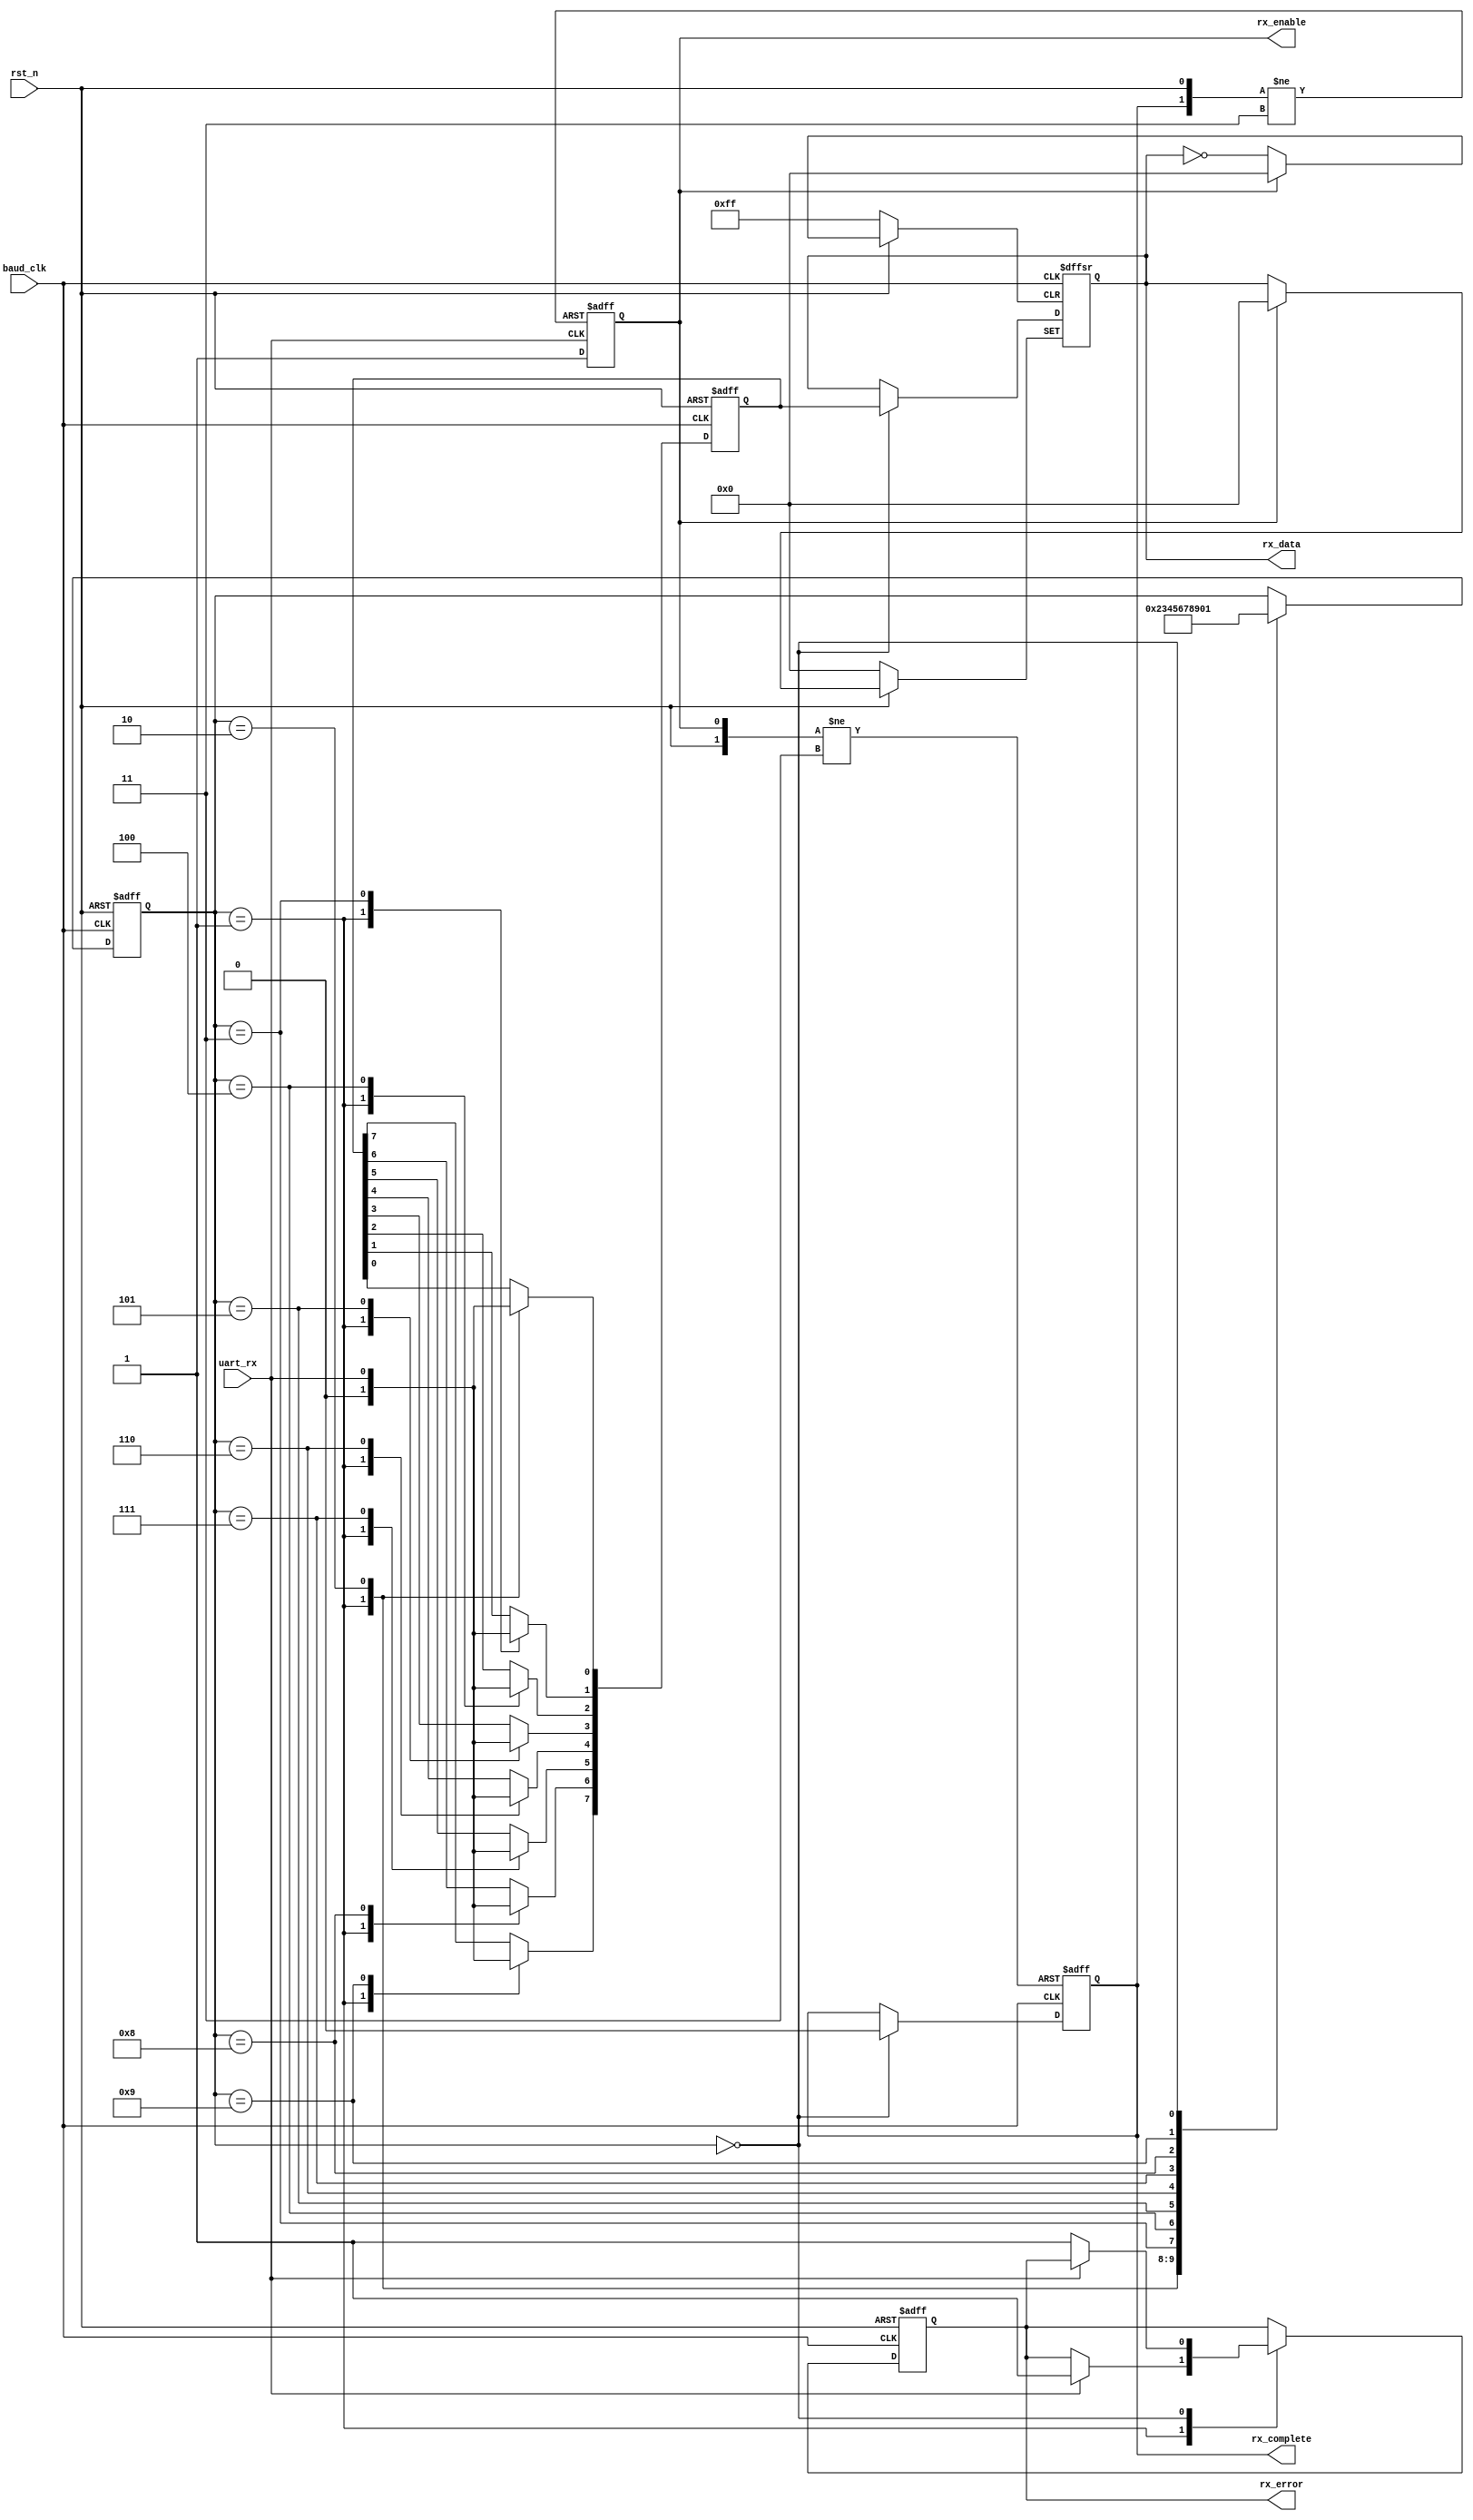
module my_uart_rx(rst_n, baud_clk, uart_rx, rx_data, rx_enable, rx_complete, rx_error);

input rst_n;
input baud_clk;
input uart_rx;
output[7:0] rx_data;
output rx_enable;
output rx_complete;
output rx_error;

/*************************************************************************************
 * Update the rx_enable_reg
 ************************************************************************************/
reg rx_enable_reg;
always @ (negedge uart_rx or negedge rx_complete_reg or negedge rst_n)
begin
	if (!rst_n) 
	begin
		rx_enable_reg <= 1'b0;
	end
	else if (!rx_complete_reg)
		rx_enable_reg <= 1'b0;
	else if (!uart_rx)
		rx_enable_reg <= 1'b1;
end
assign rx_enable = rx_enable_reg;

/*************************************************************************************
 * Update complete flag and rx_data_reg
 ************************************************************************************/
reg[7:0] rx_data_reg;
reg rx_complete_reg;
always @ (negedge baud_clk or negedge rx_enable_reg or negedge rst_n)
begin
	if (!rst_n)
	begin
		rx_complete_reg <= 1'b1;
		rx_data_reg <= 8'd0;
	end
	else if (!rx_enable_reg)
		rx_complete_reg <= 1'b1;
	else if (!baud_clk)
	begin
		if (!rx_count)
		begin
			rx_data_reg <= rx_data_temp;
			rx_complete_reg <= 1'b0;
		end
	end
end
assign rx_data = rx_data_reg;
assign rx_complete = rx_complete_reg;

/*************************************************************************************
 * Update rx_count
 ************************************************************************************/

reg[3:0] rx_count;
always @ (posedge baud_clk or negedge rst_n)
begin
	if (!rst_n)
	begin
		rx_count <= 4'd0;
	end
	else if (baud_clk)
	begin
		case (rx_count)
			4'd1:	rx_count <= 4'd2;
			4'd2:	rx_count <= 4'd3;
			4'd3:	rx_count <= 4'd4;
			4'd4: rx_count <= 4'd5;
			4'd5: rx_count <= 4'd6;
			4'd6: rx_count <= 4'd7;
			4'd7: rx_count <= 4'd8;
			4'd8:	rx_count <= 4'd9;
			4'd9: rx_count <= 4'd0;
			4'd0: rx_count <= 4'd1;
		endcase
	end
end
/*************************************************************************************
 * Copy from uart_rx to rx_data_temp
 * If the data is incorrect, the rx_error_reg will update to 1
 ************************************************************************************/
reg[7:0] rx_data_temp;
reg rx_error_reg;
always @ (negedge baud_clk or negedge rst_n)
begin
	if (!rst_n)
	begin
		rx_error_reg <= 1'b0;
		rx_data_temp <= 8'd0;
	end
	else if (!baud_clk)
	begin
		case (rx_count)
			4'd1:	begin if (uart_rx) rx_error_reg <= 1'b1; rx_data_temp <= 4'd0; end
			4'd2:	rx_data_temp[0] <= uart_rx;
			4'd3:	rx_data_temp[1] <= uart_rx;
			4'd4: rx_data_temp[2] <= uart_rx;
			4'd5: rx_data_temp[3] <= uart_rx;
			4'd6: rx_data_temp[4] <= uart_rx;
			4'd7: rx_data_temp[5] <= uart_rx;
			4'd8:	rx_data_temp[6] <= uart_rx;
			4'd9: rx_data_temp[7] <= uart_rx;
			4'd0: begin if (!uart_rx) rx_error_reg <= 1'b1; end
		endcase
	end
end
assign rx_error = rx_error_reg;
endmodule